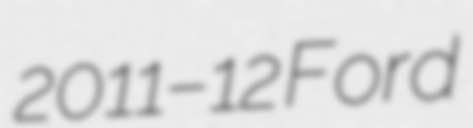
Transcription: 2011–12 Ford